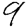
Digit: 9